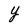
Character: Y